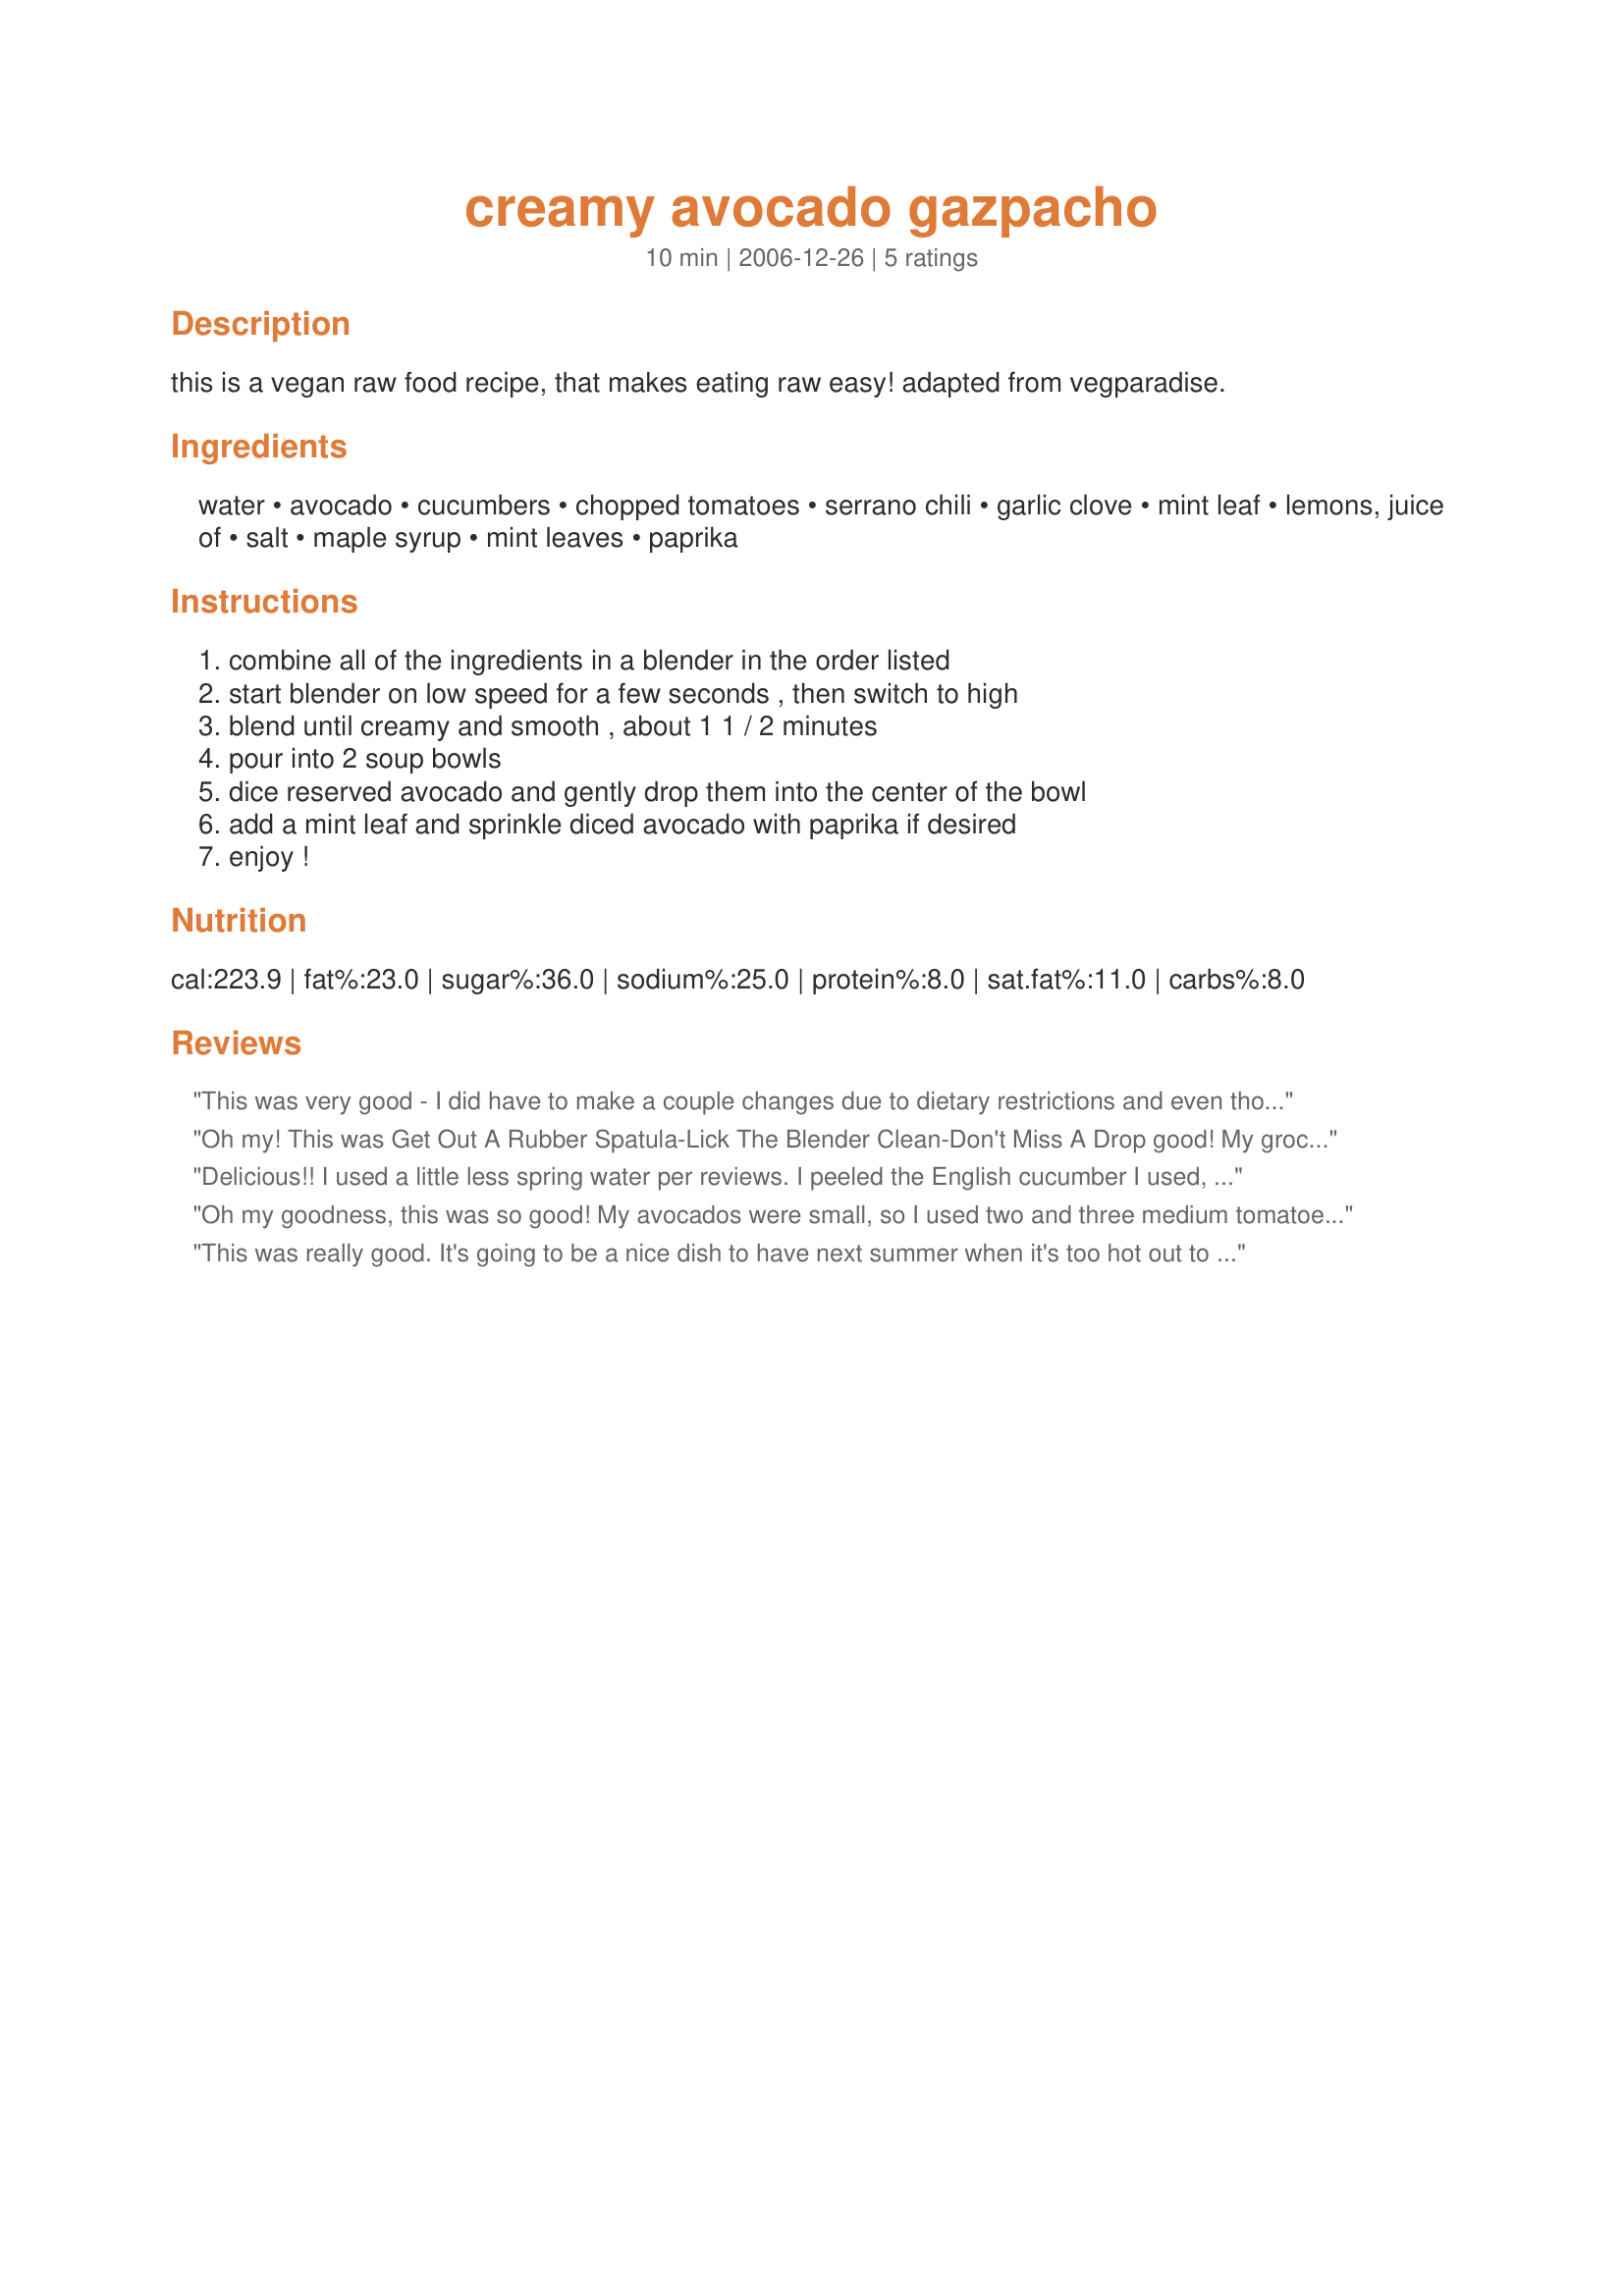
creamy avocado gazpacho
Preparation time: 10 minutes

this is a vegan raw food recipe, that makes eating raw easy! adapted from vegparadise.

Ingredients:
water, avocado, cucumbers, chopped tomatoes, serrano chili, garlic clove, mint leaf, lemons, juice of, salt, maple syrup, mint leaves, paprika

Steps:
combine all of the ingredients in a blender in the order listed, start blender on low speed for a few seconds , then switch to high, blend until creamy and smooth , about 1 1 / 2 minutes, pour into 2 soup bowls, dice reserved avocado and gently drop them into the center of the bowl, add a mint leaf and sprinkle diced avocado with paprika if desired, enjoy !

Reviews:
This was very good - I did have to make a couple changes due to dietary restrictions and even though it turned out great. Next time I will cut the lemon in half - just too much for me and if my blender will still move it cut back on the water as well. Very nice summer gazpacho! Made for Veg*n Swap 24!
Oh my! This was Get Out A Rubber Spatula-Lick The Blender Clean-Don't Miss A Drop good! My grocery store had serrano chilis last week, but not this week. So I used about a cubic inch of jalapeno with the seeds removed. And I used lemons because I had some. Wow! This was so good. I will serve it to company sometime. Thank you very much. Reviewed for Healthy Choices ABC Tag.
Delicious!! I used a little less spring water per reviews. I peeled the English cucumber I used, used grape tomatoes as they were what I had on hand, I did not add the optional chili or paprika per preference. I used one lemon and one lime, sea salt, mint from the garden, unpasteurised local honey (raw) plus the rest. Mine was more of a redy colour than green. I would make this again for myself. Made for Group Beetroot in RECIPE SWAP #42 - July 2010.
Oh my goodness, this was so good! My avocados were small, so I used two and three medium tomatoes. If eaten right away the soup is much sweeter than if let to sit in the fridge - either way was delicious but I found it interesting that there was such a flavor change by cooling. I used about 3/4 cup water since I like a little thicker soup and used my food processor instead of a blender. Wonderful chilled soup!
This was really good. It's going to be a nice dish to have next summer when it's too hot out to cook. I only used the juice of one lime. Next time I will leave out (or at least use less of) the water. I guess I just like my gazpacho a little bit thicker. Thanks for the recipe.
